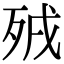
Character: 𣧵